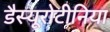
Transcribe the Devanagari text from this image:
डैस्यूरोटीनिया